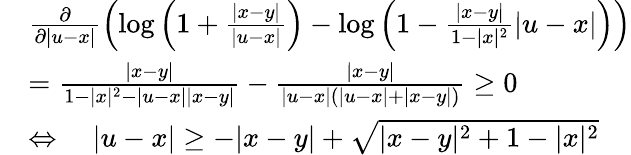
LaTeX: \begin{array}{rl}&{\frac{\partial}{\partial|u-x|}\left(\log\left(1+\frac{|x-y|}{|u-x|}\right)-\log\left(1-\frac{|x-y|}{1-|x|^{2}}|u-x|\right)\right)}\\ &{=\frac{|x-y|}{1-|x|^{2}-|u-x||x-y|}-\frac{|x-y|}{|u-x|(|u-x|+|x-y|)}\geq 0}\\ &{\Leftrightarrow\quad|u-x|\geq-|x-y|+\sqrt{|x-y|^{2}+1-|x|^{2}}}\end{array}